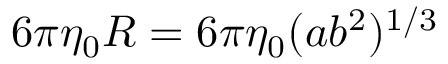
6 \pi \eta _ { 0 } R = 6 \pi \eta _ { 0 } ( a b ^ { 2 } ) ^ { 1 / 3 }